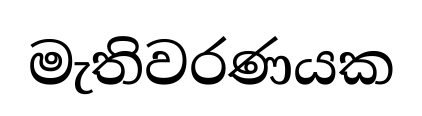
මැතිවරණයක